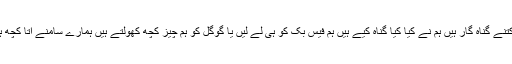
ہم کتنے گناہ گار ہیں ہم نے کیا کیا گناہ کیے ہیں ہم فیس بک کو ہی لے لیں یا گوگل کو ہم چیز کچھ کھولتے ہیں ہمارے سامنے آتا کچھ ہے۔